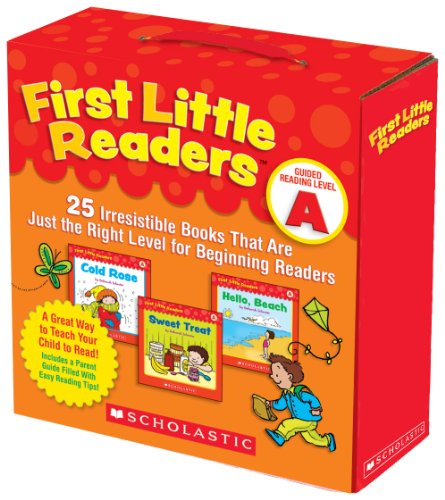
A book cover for First Little Readers Parent Pack: Guided Reading Level A: 25 Irresistible Books That Are Just the Right Level for Beginning Readers; Deborah Schecter; Education & Teaching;